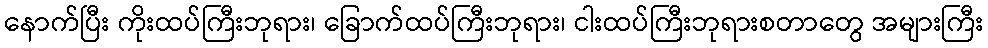
နောက်ပြီး ကိုးထပ်ကြီးဘုရား၊ ခြောက်ထပ်ကြီးဘုရား၊ ငါးထပ်ကြီးဘုရားစတာတွေ အများကြီး